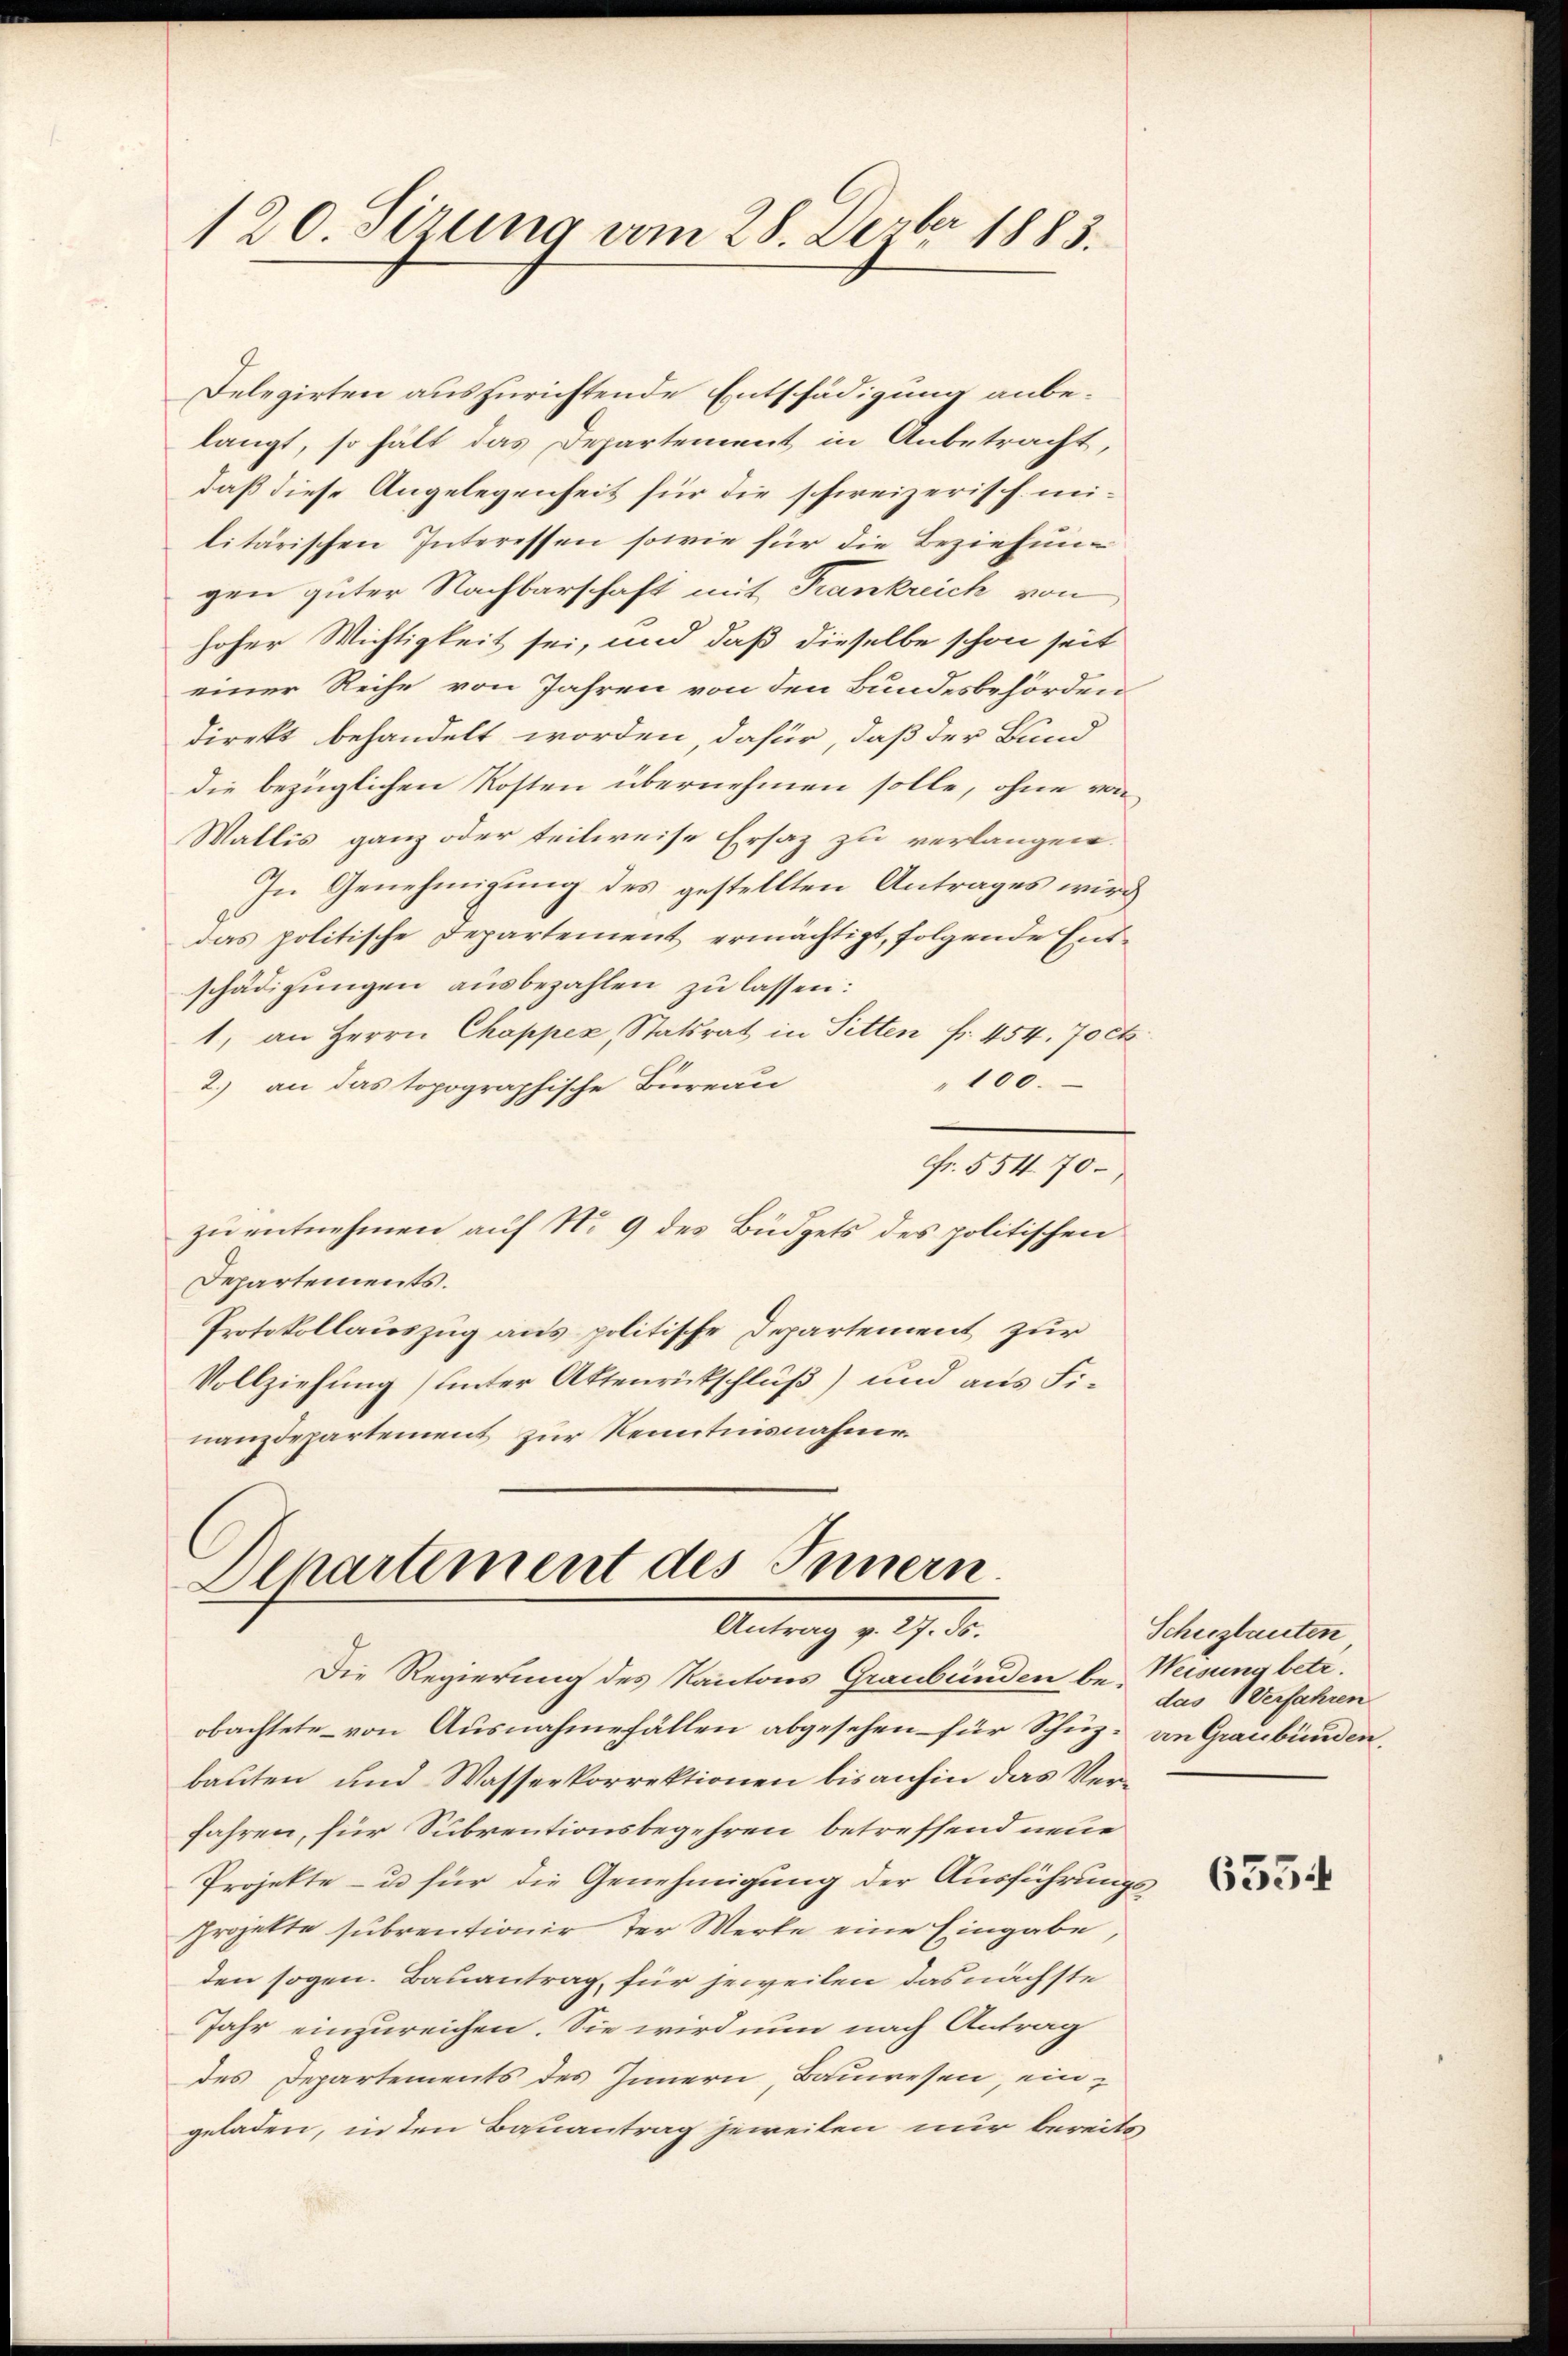
120. Sizung vom 28. Derber 1883.

Delegirten auszurichtende Entschädigung anbelangt, so hält das Departement in Anbetracht,
daß diese Angelegenheit für die schweizerisch. militärischen Interessen sowie für die Beziehung
gen güter Nachbarschaft mit Frankreich von
hoher Wichtigkeit sei, und daß dieselbe schon seit
einer Reihe von Jahren von den Bundesbehörden
direkt behandelt worden, dafür, daß der Bund
die bezüglichen Kosten übernehmen solle, ohne von
Wallis ganz oder teilweise Ersatz zu verlangen.
In Genehmigung des gestellten Antrages wird
das politische Departement ermächtigt, folgende Ent-
schädigŭngen ausbezahlen zu lassen:
1, an Herrn Chappez, Statsrat in Sitten fr. 454. 70 ct
100.
2.) an das topographische Büreau
Fr. 554. 70.
zu entnehmen auf No 9 des Büdgets des politischen
Departements.
Protokollauszug aus politische Departement zur
Vollziehung) unter Aktenrückschluß) und aus Finanzdepartement zur Kenntnisnahme.

Departement des Innern.
Antrag v. 27. ds.

Die Regierung des Kantons Graubünden be- Weisung betr.
obachtete von Ausnahmefällen abgesehen für Schüz: an Graubünden,
bauten und Wasserkorrektionen bis anhin das Verfahren, für Subventionsbegehren betreffend neue
Projekte - u. für die Genehmigung der Ausführungs
Projekte subrentionir der Werke eine Eingabe,
den sogen. Bauantrag, für jeweilen das nächste
Jahr einzureichen. Sie wird nun nach Antrag
des Departements des Innern, Bauwesen, ein-
geladen, in den Banantrag jeweiten nur bereits

Scheezlauten
das Verfahren

6554